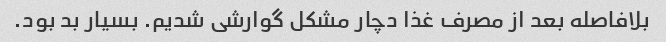
بلافاصله بعد از مصرف غذا دچار مشکل گوارشی شدیم. بسیار بد بود.